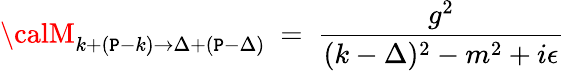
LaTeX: {\calM}_{k+(\mathtt{P}-k)\to\Delta+(\mathtt{P}-\Delta)}\ =\ {\frac{{g^{2}}}{{(k-\Delta)^{2}-m^{2}+i\epsilon}}}\,